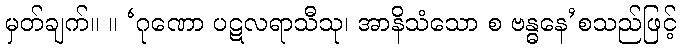
မှတ်ချက်။ ။ ‘ဂုဏော ပဋလရာသီသု၊ အာနိသံသော စ ဗန္ဓနေ’စသည်ဖြင့်